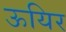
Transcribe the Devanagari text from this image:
ऊयिर